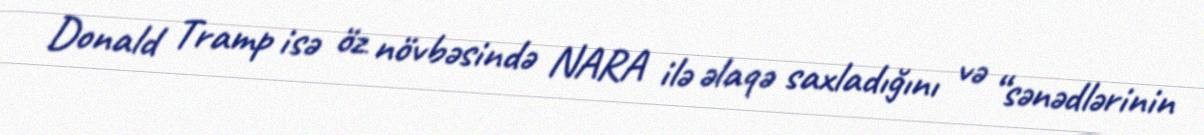
Donald Tramp isə öz növbəsində NARA ilə əlaqə saxladığını və “sənədlərinin